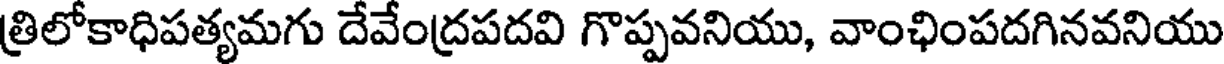
త్రిలోకాధిపత్యమగు దేవేంద్రపదవి గొప్పవనియు, వాంఛింపదగినవనియు